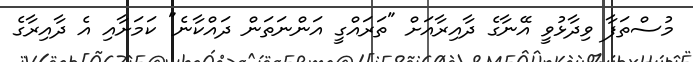
މުސްތަފާ ވިދާޅުވީ އޭނާގެ ދާއިރާއަށް "ތަރައްގީ އަންނަތަން ދައްކާނެ" ކަމަށާއި އެ ދާއިރާގެ